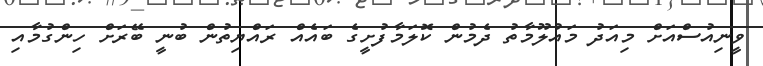
ވީނިއުސްއަށް މިއަދު މައުލޫމާތު ދެމުން ކޮލަމާފުށީގެ ބައެއް ރައްޔިތުން ބުނީ ބޭރަށް ހިންގުމާއި